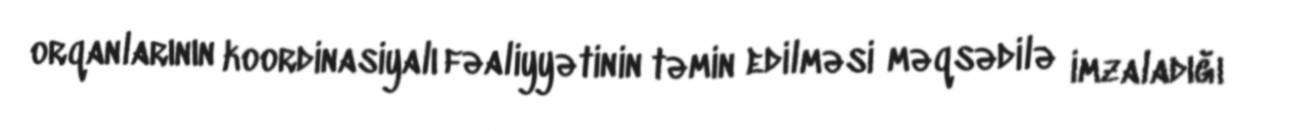
orqanlarının koordinasiyalı fəaliyyətinin təmin edilməsi məqsədilə imzaladığı